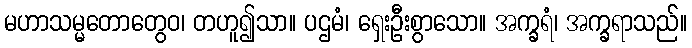
မဟာသမ္မတောတွေဝ၊ တဟူ၍သာ။ ပဌမံ၊ ရှေးဦးစွာသော။ အက္ခရံ၊ အက္ခရာသည်။